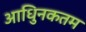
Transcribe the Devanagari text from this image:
आधुिनकतम